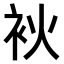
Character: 𤇷